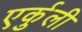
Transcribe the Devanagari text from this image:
एर्कुली